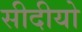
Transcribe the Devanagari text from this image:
सीदीयो